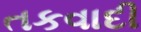
તકવાદી